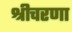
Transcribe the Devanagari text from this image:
श्रीचरणा